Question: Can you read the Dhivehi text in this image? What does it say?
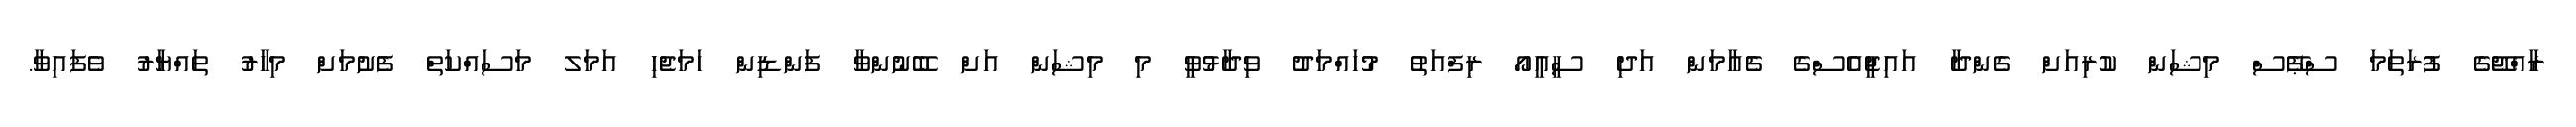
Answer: ރާއްޖޭގެ ފުރަތަމަ ސްޕޭސް މިޝަން ކުރިއަށް ގެންދާ އައިޖީއެސްގެ ޗެއާމަން އަދި ސީއީއޯ ރިފްއަތު މުހައްމަދު ވިދާޅުވީ މި މިޝަން އަށް ބޭނުންވާ ފަންޑިން ހަމަޖެހި އަމަލ މަސައްކަތް ފެށުމަށް މިހާރު ތައްޔާރު ވެފައިވާ.